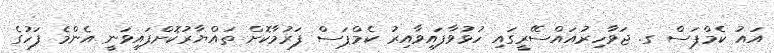
އައު ކެމްޕަސް ގ. ޖަވާހިރުއައްސޭރީގައި ހުޅުވާފައިވާއިރު ކެމްޕަސް ފަރުމާކޮށް ތައްޔާރުކޮށްފައިވަނީ އެންމެ ފަހުގެ